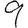
Digit: 9